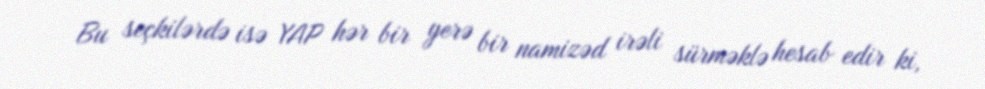
Bu seçkilərdə isə YAP hər bir yerə bir namizəd irəli sürməklə hesab edir ki,